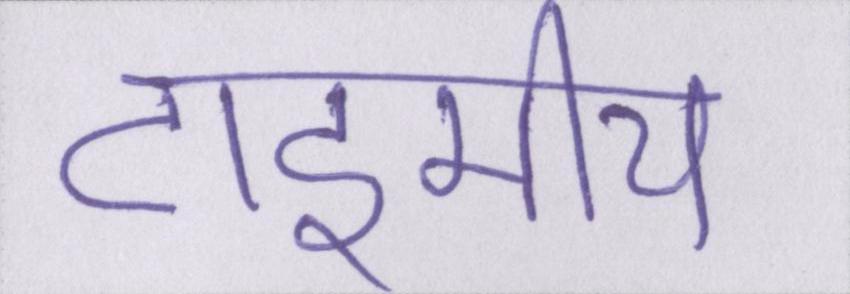
टाइमीय